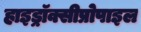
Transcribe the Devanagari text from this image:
हाइड्रॉक्सीप्रोपाइल